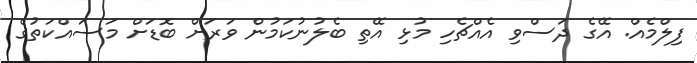
ފިލްމެއް. އޭގެ ދަސްވި އެއްޗެހި މުޅި އޭތި ބެލުނުކަމުން ވަރަށް ބޮޑަށް މަސައްކަތުގެ